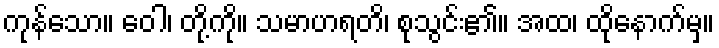
ကုန်သော။ ဝေါ၊ တို့ကို။ သမာဟရတိ၊ စုသွင်း၏။ အထ၊ ထိုနောက်မှ။